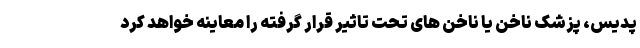
پدیس، پزشک ناخن یا ناخن های تحت تاثیر قرار گرفته را معاینه خواهد کرد